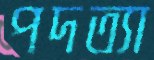
পদত্যা